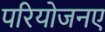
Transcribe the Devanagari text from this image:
परियोजनए